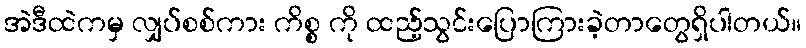
အဲဒီထဲကမှ လျှပ်စစ်ကား ကိစ္စ ကို ထည့်သွင်းပြောကြားခဲ့တာတွေရှိပါတယ်။